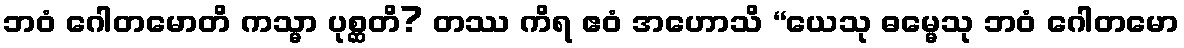
ဘဝံ ဂေါတမောတိ ကသ္မာ ပုစ္ဆတိ? တဿ ကိရ ဧဝံ အဟောသိ “ယေသု ဓမ္မေသု ဘဝံ ဂေါတမော